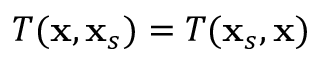
T ( \mathbf { x } , \mathbf { x } _ { s } ) = T ( \mathbf { x } _ { s } , \mathbf { x } )